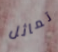
تماثل